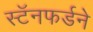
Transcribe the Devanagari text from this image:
स्टॅनफर्डने